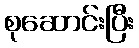
စုဆောင်းပြီး